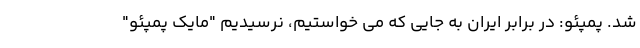
شد. پمپئو: در برابر ایران به جایی که می خواستیم، نرسیدیم "مایک پمپئو"